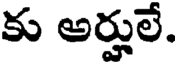
కు అర్హులే.